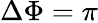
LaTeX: \Delta\Phi=\pi